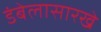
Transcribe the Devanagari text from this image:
डंबेलासारखे